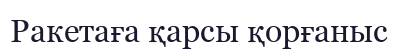
Ракетаға қарсы қорғаныс